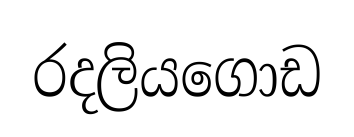
රදලියගොඩ